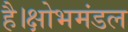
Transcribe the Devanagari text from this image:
है।क्षोभमंडल